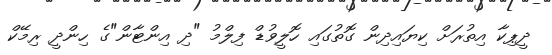
ދީޕިކާ އިތުރަށް ކިޔައިދިން ގޮތުގައި ހޮލީވުޑް ފިލްމު "ދި އިންޓާން"ގެ ހިންދީ ރިމޭކް